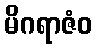
မိဂရာဇံဝ